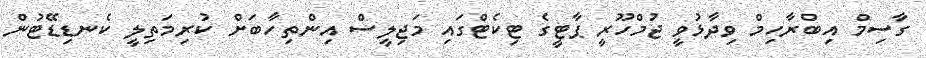
ގާސިމް އިބްރާހިމް ވިދާޅުވީ ޖުމްހޫރީ ޕާޓީގެ ޓިކެޓްގައި މަޖިލީސް އިންތިހާބަށް ކުރިމަތިލީ ކެނޑިޑޭޓުން